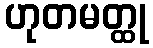
ဟုတမတ္ထု